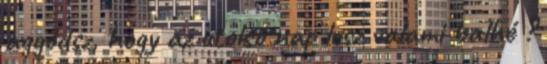
aggódsz, hogy az utolsó nap lesz valami balhé ?